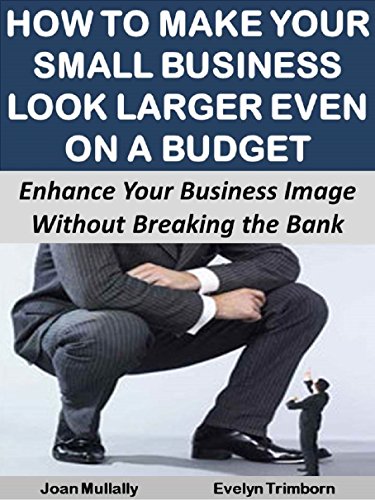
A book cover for How to Make Your Small Business Look Larger Even on a Budget:  Enhance Your Business Image  Without Breaking the Bank (Business Basics for Beginners); Joan Mullally; Business & Money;